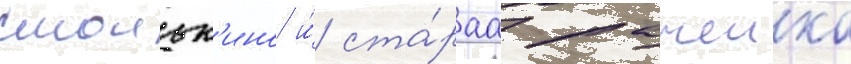
смольк'ино и́ ста́раа рачеика